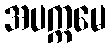
အပက္ကမေ